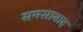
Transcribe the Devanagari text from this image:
समसाबाद